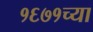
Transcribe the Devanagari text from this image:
१६७१च्या